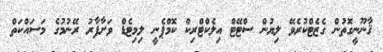
ޤާނޫނީގޮތުން ގެޒެޓްކުރެވޭ ލިޔުން ސްޓޭޓް އިލެކްޓްރިކް ކޮމްޕެނީ ލިމިޓެޑް ވަށާފާރު ރޭނުމުގެ މަސައްކަތް